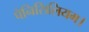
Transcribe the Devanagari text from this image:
पेनिसिलियम।